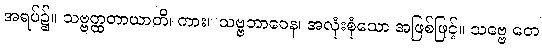
အရပ်၌။ သဗ္ဗတ္ထတာယာတိ၊ ကား။ သဗ္ဗဘာဝေန၊ အလုံးစုံသော အဖြစ်ဖြင့်။ သဗ္ဗေ တေ